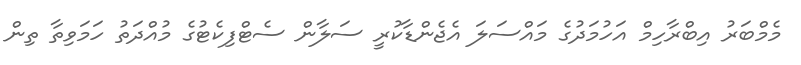
މެމްބަރު އިބްރާހިމް އަހުމަދުގެ މައްސަލަ އެޖެންޑާކުރީ ސަލާން ސެޓްފިކެޓުގެ މުއްދަތު ހަމަވިތާ ތިން